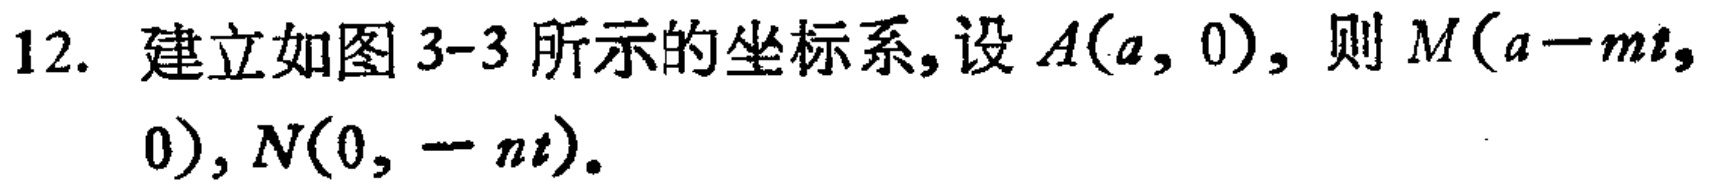
12. 建立如图 3-3 所示的坐标系, 设 \(A(a,0)\), 则 \(M(a - mt,0)\), \(N(0,-nt)\).